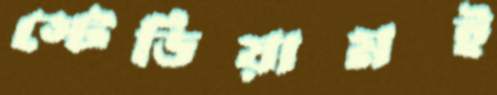
স্টেডিয়ামই